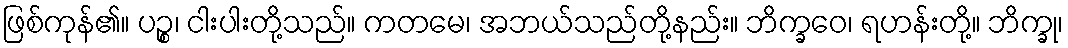
ဖြစ်ကုန်၏။ ပဉ္စ၊ ငါးပါးတို့သည်။ ကတမေ၊ အဘယ်သည်တို့နည်း။ ဘိက္ခဝေ၊ ရဟန်းတို့။ ဘိက္ခု၊